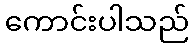
ကောင်းပါသည်